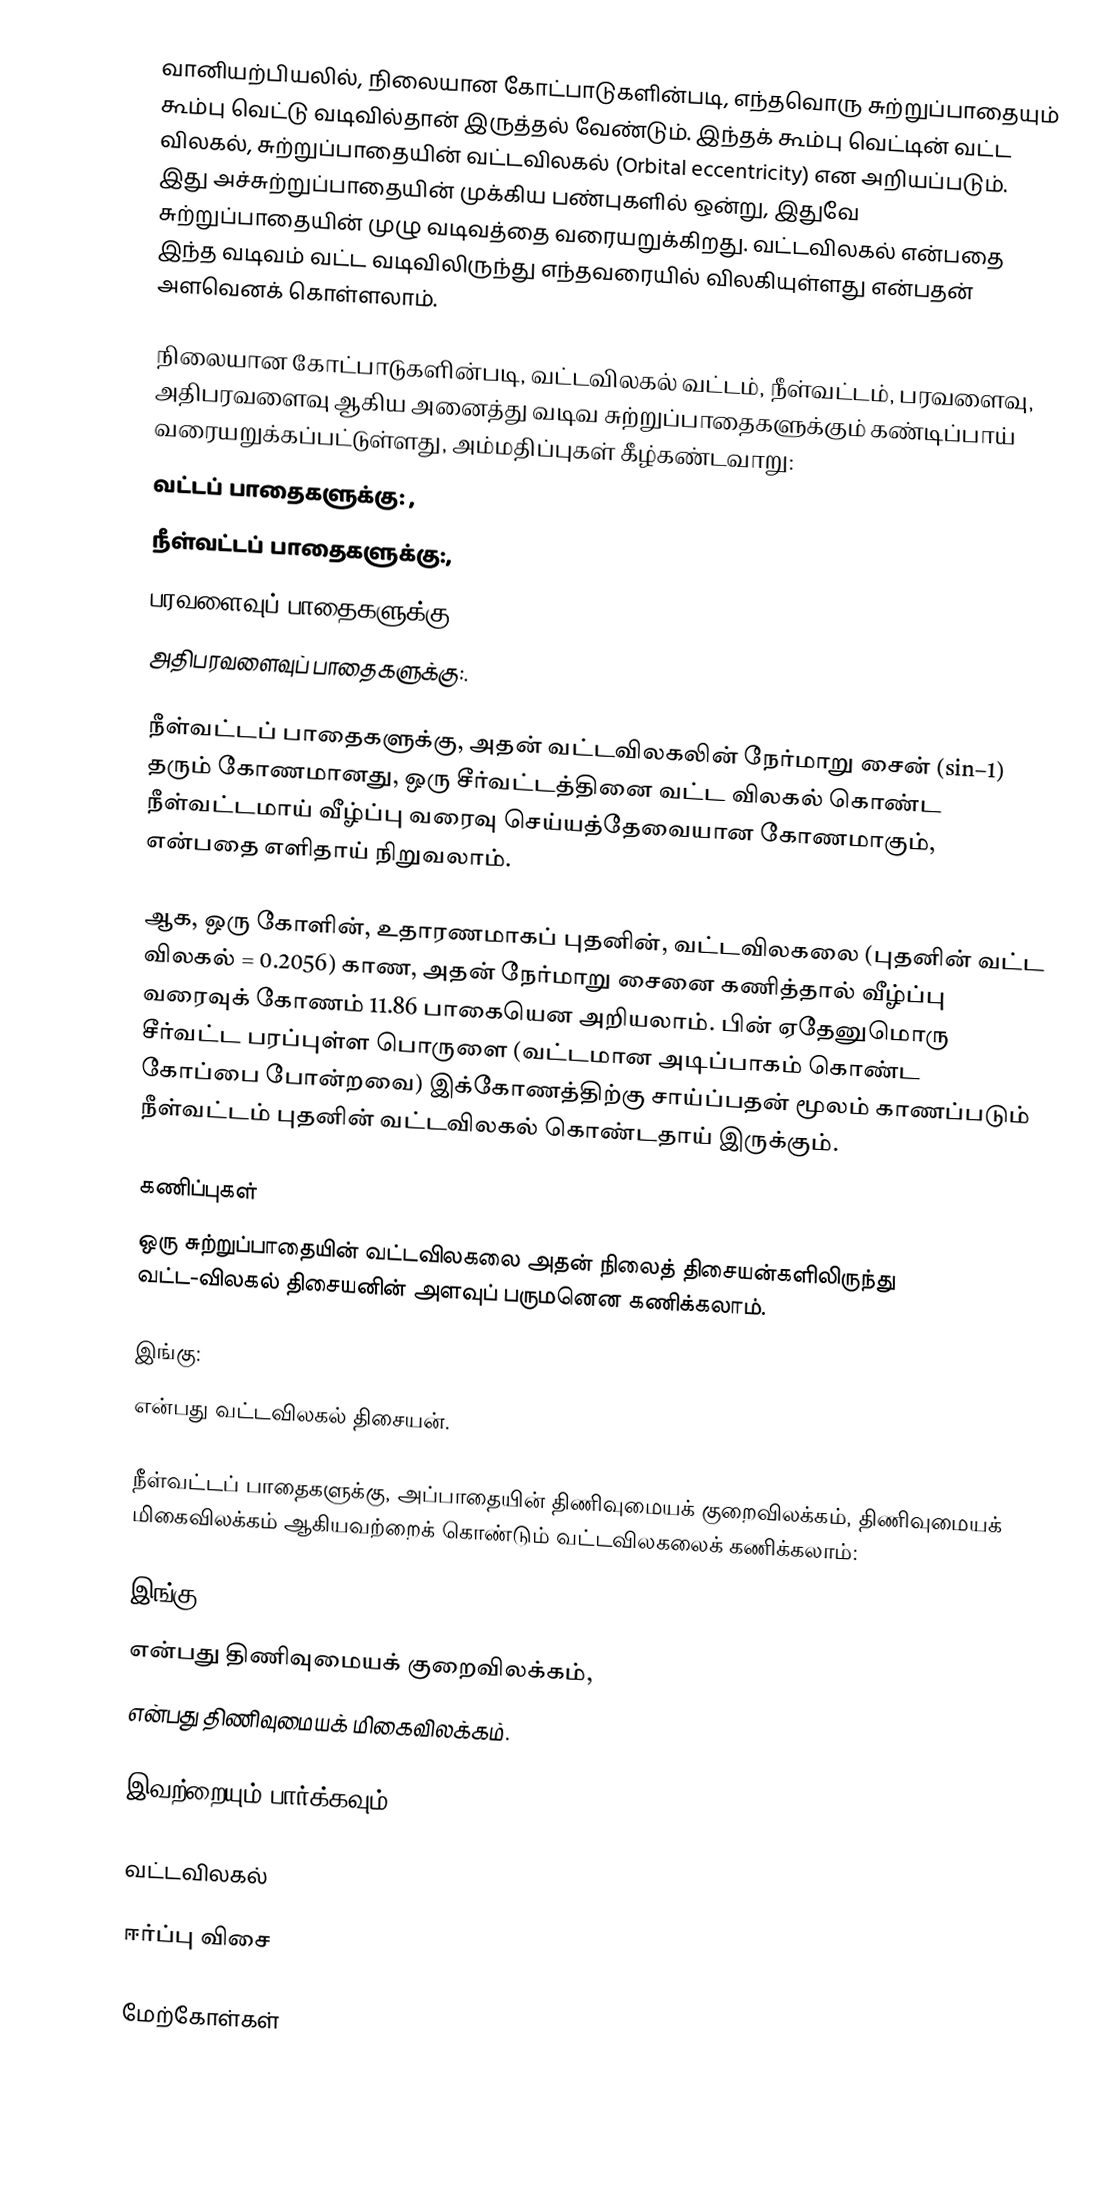
வானியற்பியலில், நிலையான கோட்பாடுகளின்படி, எந்தவொரு சுற்றுப்பாதையும் கூம்பு வெட்டு வடிவில்தான் இருத்தல் வேண்டும். இந்தக் கூம்பு வெட்டின் வட்ட விலகல், சுற்றுப்பாதையின் வட்டவிலகல் (Orbital eccentricity) என அறியப்படும். இது அச்சுற்றுப்பாதையின் முக்கிய பண்புகளில் ஒன்று, இதுவே சுற்றுப்பாதையின் முழு வடிவத்தை வரையறுக்கிறது. வட்டவிலகல் என்பதை இந்த வடிவம் வட்ட வடிவிலிருந்து எந்தவரையில் விலகியுள்ளது என்பதன் அளவெனக் கொள்ளலாம்.

நிலையான கோட்பாடுகளின்படி, வட்டவிலகல் வட்டம், நீள்வட்டம், பரவளைவு, அதிபரவளைவு ஆகிய அனைத்து வடிவ சுற்றுப்பாதைகளுக்கும் கண்டிப்பாய் வரையறுக்கப்பட்டுள்ளது, அம்மதிப்புகள் கீழ்கண்டவாறு:
வட்டப் பாதைகளுக்கு: ,
நீள்வட்டப் பாதைகளுக்கு:,
பரவளைவுப் பாதைகளுக்கு:,
அதிபரவளைவுப் பாதைகளுக்கு:.

நீள்வட்டப் பாதைகளுக்கு, அதன் வட்டவிலகலின் நேர்மாறு சைன் (sin−1) தரும் கோணமானது, ஒரு சீர்வட்டத்தினை  வட்ட விலகல் கொண்ட நீள்வட்டமாய் வீழ்ப்பு வரைவு செய்யத்தேவையான கோணமாகும், என்பதை எளிதாய் நிறுவலாம்.

ஆக, ஒரு கோளின், உதாரணமாகப் புதனின், வட்டவிலகலை (புதனின் வட்ட விலகல் = 0.2056) காண, அதன் நேர்மாறு சைனை கணித்தால் வீழ்ப்பு வரைவுக் கோணம் 11.86 பாகையென அறியலாம். பின் ஏதேனுமொரு சீர்வட்ட பரப்புள்ள பொருளை (வட்டமான அடிப்பாகம் கொண்ட கோப்பை போன்றவை) இக்கோணத்திற்கு சாய்ப்பதன் மூலம் காணப்படும் நீள்வட்டம் புதனின் வட்டவிலகல் கொண்டதாய் இருக்கும்.

கணிப்புகள்
ஒரு சுற்றுப்பாதையின் வட்டவிலகலை அதன் நிலைத் திசையன்களிலிருந்து வட்ட-விலகல் திசையனின் அளவுப் பருமனென கணிக்கலாம்.

இங்கு:
 என்பது வட்டவிலகல் திசையன்.

நீள்வட்டப் பாதைகளுக்கு, அப்பாதையின் திணிவுமையக் குறைவிலக்கம், திணிவுமையக் மிகைவிலக்கம் ஆகியவற்றைக் கொண்டும் வட்டவிலகலைக் கணிக்கலாம்:

இங்கு:
 என்பது திணிவுமையக் குறைவிலக்கம்,
 என்பது திணிவுமையக் மிகைவிலக்கம்.

இவற்றையும் பார்க்கவும்

வட்டவிலகல்

ஈர்ப்பு விசை

மேற்கோள்கள்

ru:Кеплеровы элементы орбиты#Эксцентриситет